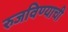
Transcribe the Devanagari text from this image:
रुजविण्याची